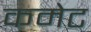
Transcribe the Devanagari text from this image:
कमेट